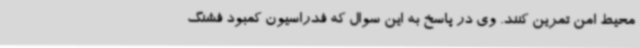
محیط امن تمرین کنند. وی در پاسخ به این سوال که فدراسیون کمبود فشنگ